Sketch of the medical history of the native army of Bombay, for the year
Year: 1875
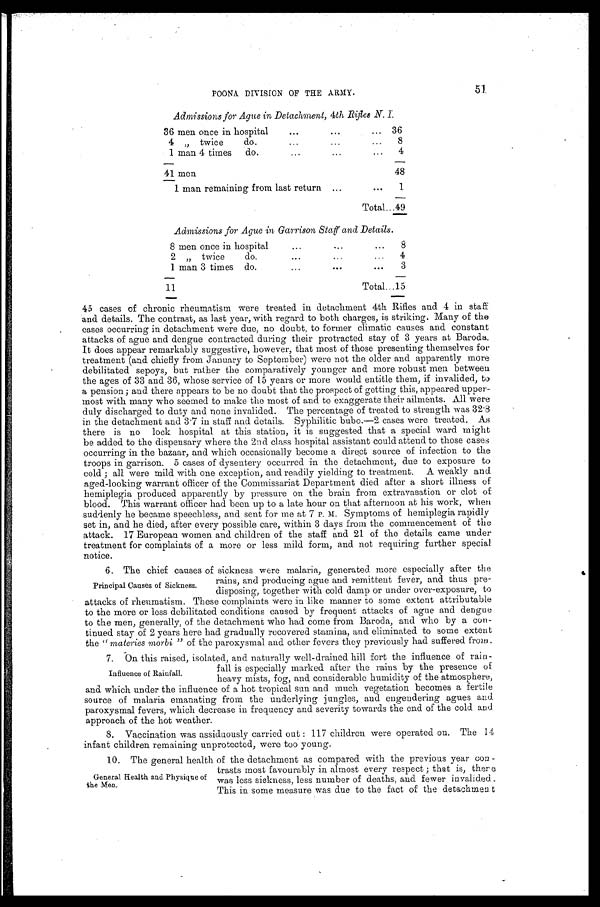
POONA DIVISION OF THE ARMY.
51
Admissions for Ague in Detachment, 4th Rifles N. I.
36 men once in hospital
36
4 " twice
do.
8
1 man 4 times
do.
4
41 men
48
1 man remaining from last return
1
Total 49
Admissions for Ague in Garrison Staff and Details.
8 men once in hospital
8
2 " twice do.
4
1 man 3 times do.
3
1 1
Total 15
45 cases of chronic rheumatism were treated in detachment 4th Rifles and 4 in staff
and details. The contrast, as last year, with regard to both charges, is striking. Many of the
cases occurring in detachment were due, no doubt, to former climatic causes and constant
attacks of ague and dengue contracted during their protracted stay of 3 years at Baroda.
It does appear remarkably suggestive, however, that most of those presenting themselves for
treatment (and chiefly from January to September) were not the older and apparently more
debilitated sepoys, but rather the comparatively younger and more robust men between
the ages of 33 and 36, whose service of 15 years or more would entitle them, if invalided, to
a pension; and there appears to be no doubt that the prospect of getting this, appeared upper--
most with many who seemed to make the most of and to exaggerate their ailments. All were
duly discharged to duty and none invalided. The percentage of treated to strength was 32.8
in the detachment and 3.7 in staff and details. Syphilitic bubo.—2 cases were treated. As
there is no lock hospital at this station, it is suggested that a special ward might
be added to the dispensary where the 2nd class hospital assistant could attend to those cases
occurring in the bazaar, and which occasionally become a direct source of infection to the
troops in garrison. 5 cases of dysentery occurred in the detachment, due to exposure to
cold; all were mild with one exception, and readily yielding to treatment. A weakly and
aged-looking warrant officer of the Commissariat Department died after a short illness of
hemiplegia produced apparently by pressure on the brain from extravasation or clot of
blood. This warrant officer had been up to a late hour on that afternoon at his work, when
suddenly he became speechless, and sent for me at 7 P. M. Symptoms of hemi1egia rapidly
set in, and he died, after every possible care, within 3 days from the commencement of the
attack. 17 European women and children of the staff and 21 of the details came under
treatment for complaints of a more or less mild form, and not requiring further special
notice.
6. The chief causes of sickness were malaria, generated more especially after the
rains, and producing ague and remittent fever, and thus pre-
disposing, together with cold damp or under over-exposure, to
attacks of rheumatism. These complaints were in like manner to some extent attributable
to the more or less debilitated conditions caused by frequent attacks of ague and dengue
to the men, generally, of the detachment who had come from Baroda, and who by a con--
tinued stay of 2 years here had gradually recovered stamina, and eliminated to some extent
the "materies morbi" of the paroxysmal and other fevers they previously had suffered from.
7. On this raised, isolated, and naturally well-drained hill fort the influence of rain-
fall is especially marked after the rains by the presence of
heavy mists, fog, and considerable humidity of the atmosphere,
and which under the influence of a hot tropical sun and much vegetation becomes a fertile
source of malaria emanating from the underlying jungles, and engendering agues and
paroxysmal fevers, which decrease in frequency and severity towards the end of the cold and
approach of the hot weather.
8. Vaccination was assiduously carried out; 117 children were operated on. The 14
infant children remaining unprotected, were too young.
10. The general health of the detachment as compared with the previous year con-
trasts most favourably in almost every respect; that is, there
was less sickness, less number of deaths, and fewer invalided.
This in some measure was due to the fact of the detachment
Principal Causes of Sickness.
Influence of Rainfall.
General Health and Physique of
the Men.